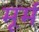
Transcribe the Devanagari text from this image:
मूर्म